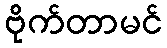
ဗိုက်တာမင်